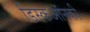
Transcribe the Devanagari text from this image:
डिस्कऑनकी